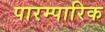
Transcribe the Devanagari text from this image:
पारम्पारिक